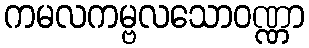
ကမလကမ္ဗလသောဝဏ္ဏာ